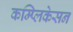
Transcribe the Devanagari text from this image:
कम्प्लिकेसन